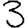
Digit: 3